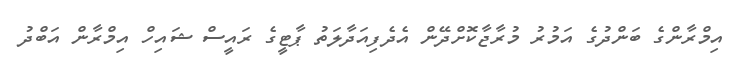
އިމްރާންގެ ބަންދުގެ އަމުރު މުރާޖާކޮށްދޭން އެދެފިއަދާލަތު ޕާޓީގެ ރައީސް ޝައިހް އިމްރާން އަބްދު